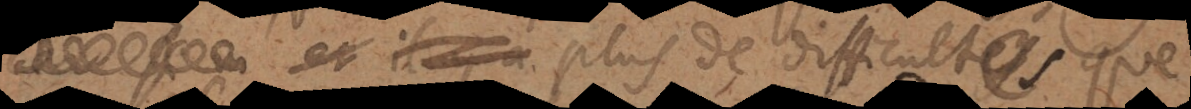
plus de difficultés que